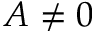
A \neq 0